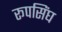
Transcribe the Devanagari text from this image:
रूपसिंघ